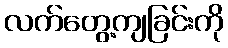
လက်တွေ့ကျခြင်းကို